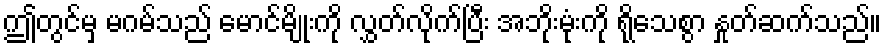
ဤတွင်မှ မဂမ်သည် မောင်မျိုးကို လွှတ်လိုက်ပြီး အဘိုးမုံးကို ရိုသေစွာ နှုတ်ဆက်သည်။